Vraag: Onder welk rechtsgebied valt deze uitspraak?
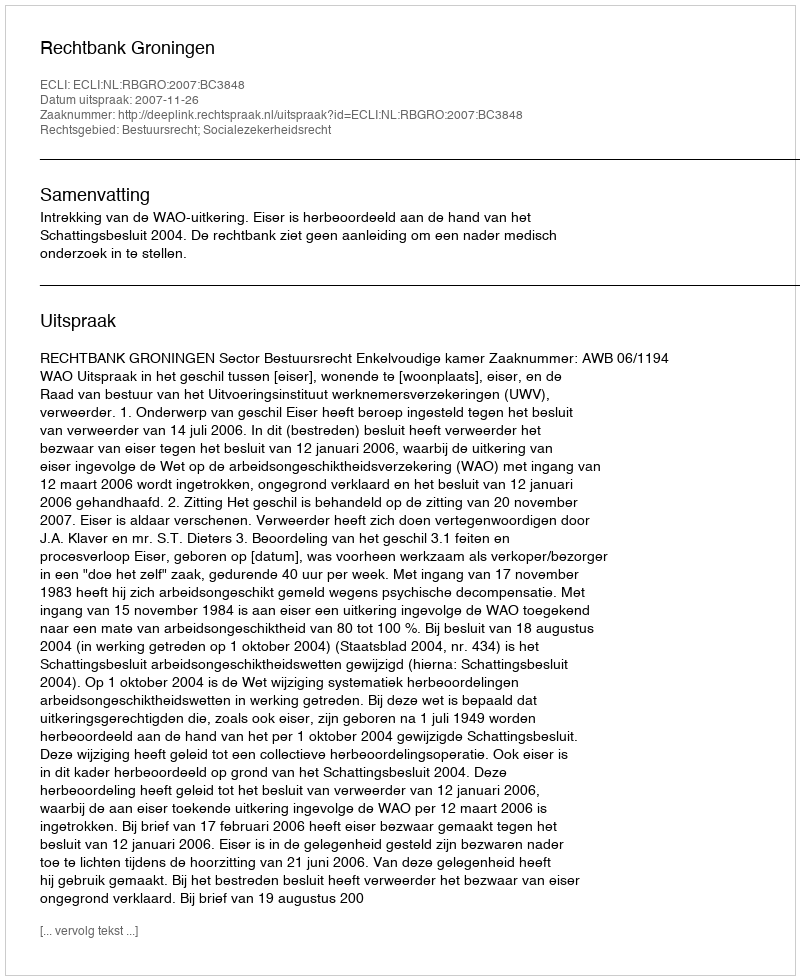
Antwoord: Bestuursrecht; Socialezekerheidsrecht